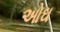
ઓઘ